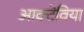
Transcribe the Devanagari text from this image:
आक्टेविया